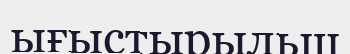
ығыстырыльш